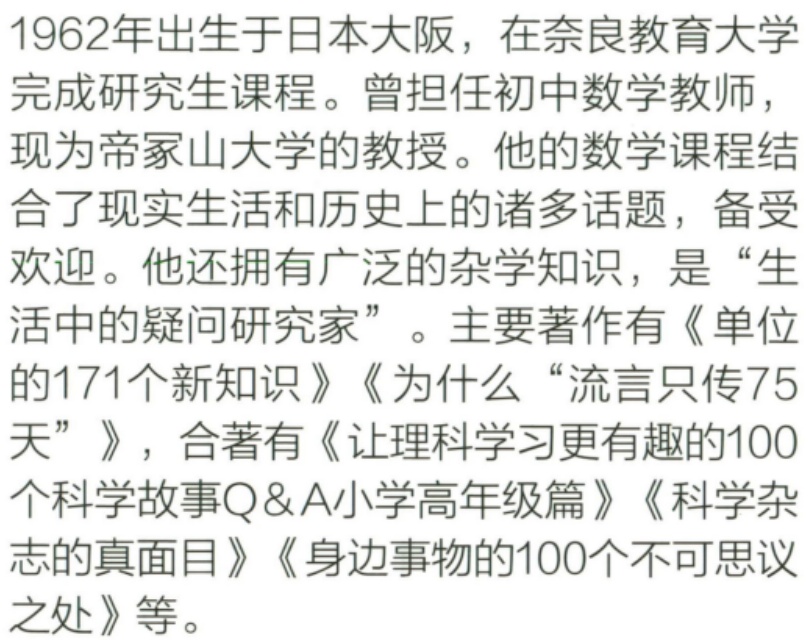
1962年出生于日本大阪，在奈良教育大学
完成研究生课程。曾担任初中数学教师，
现为帝冢山大学的教授。他的数学课程结
合了现实生活和历史上的诸多话题，备受
欢迎。他还拥有广泛的杂学知识，是“生
活中的疑问研究家”。主要著作有《单位
的171个新知识》《为什么“流言只传75
天”》，合著有《让理科学习更有趣的100
个科学故事Q&A小学高年级篇》《科学杂
志的真面目》《身边事物的100个不可思议
之处》等。